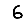
Digit: 6